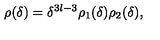
\rho ( \delta ) = \delta ^ { 3 l - 3 } \rho _ { 1 } ( \delta ) \rho _ { 2 } ( \delta ) ,